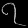
Digit: ၇